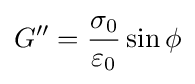
G''={\frac {\sigma _{0}}{\varepsilon _{0}}}\sin \phi